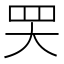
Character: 𦉼